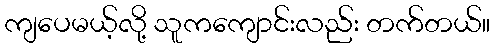
ကျပေမယ့်လို့ သူကကျောင်းလည်း တက်တယ်။